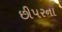
છીપરના